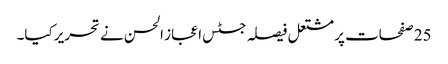
25 صفحات پر مشتعل فیصلہ جسٹس اعجاز الحسن نے تحریر کیا۔